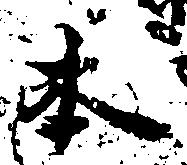
本